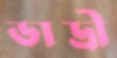
ভাদ্রী